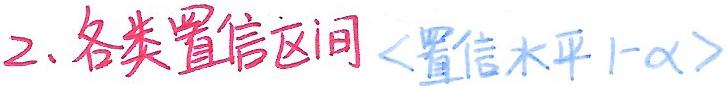
2. 各类置信区间 <置信水平 $1 - \alpha$>